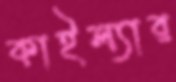
কাইল্যার